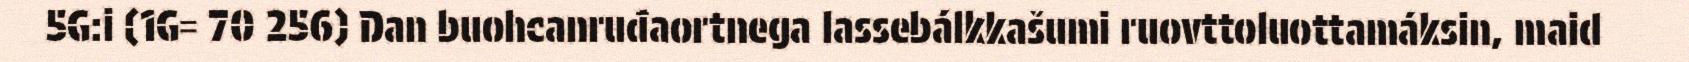
5G:i (1G= 70 256) Dan buohcanruđaortnega lassebálkkašumi ruovttoluottamáksin, maid